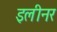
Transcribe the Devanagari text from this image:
इलीनर